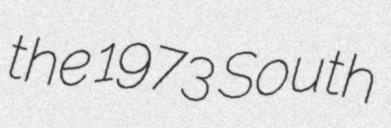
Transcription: the 1973 South